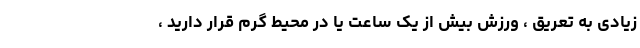
زیادی به تعریق ، ورزش بیش از یک ساعت یا در محیط گرم قرار دارید ،